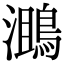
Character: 𪂔